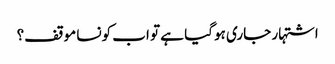
اشتہار جاری ہوگیا ہے تو اب کونسا موقف؟